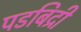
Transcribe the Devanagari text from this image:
पडबिद्री